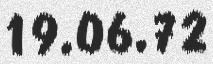
19.06.72